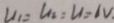
U _ { 1 } = U _ { 2 } : u = 1 V .